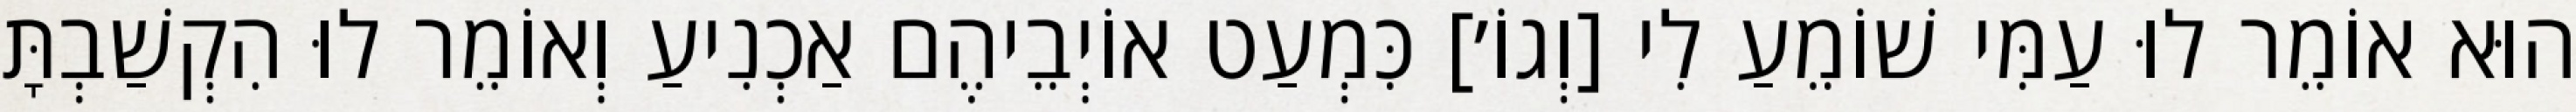
הוּא אוֹמֵר לוּ עַמִּי שׁוֹמֵעַ לִי [וְגוֹ׳] כִּמְעַט אוֹיְבֵיהֶם אַכְנִיעַ וְאוֹמֵר לוּ הִקְשַׁבְתָּ